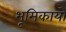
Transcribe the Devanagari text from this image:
भूमिकायो